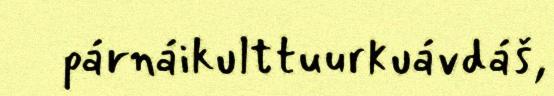
párnáikulttuurkuávdáš,